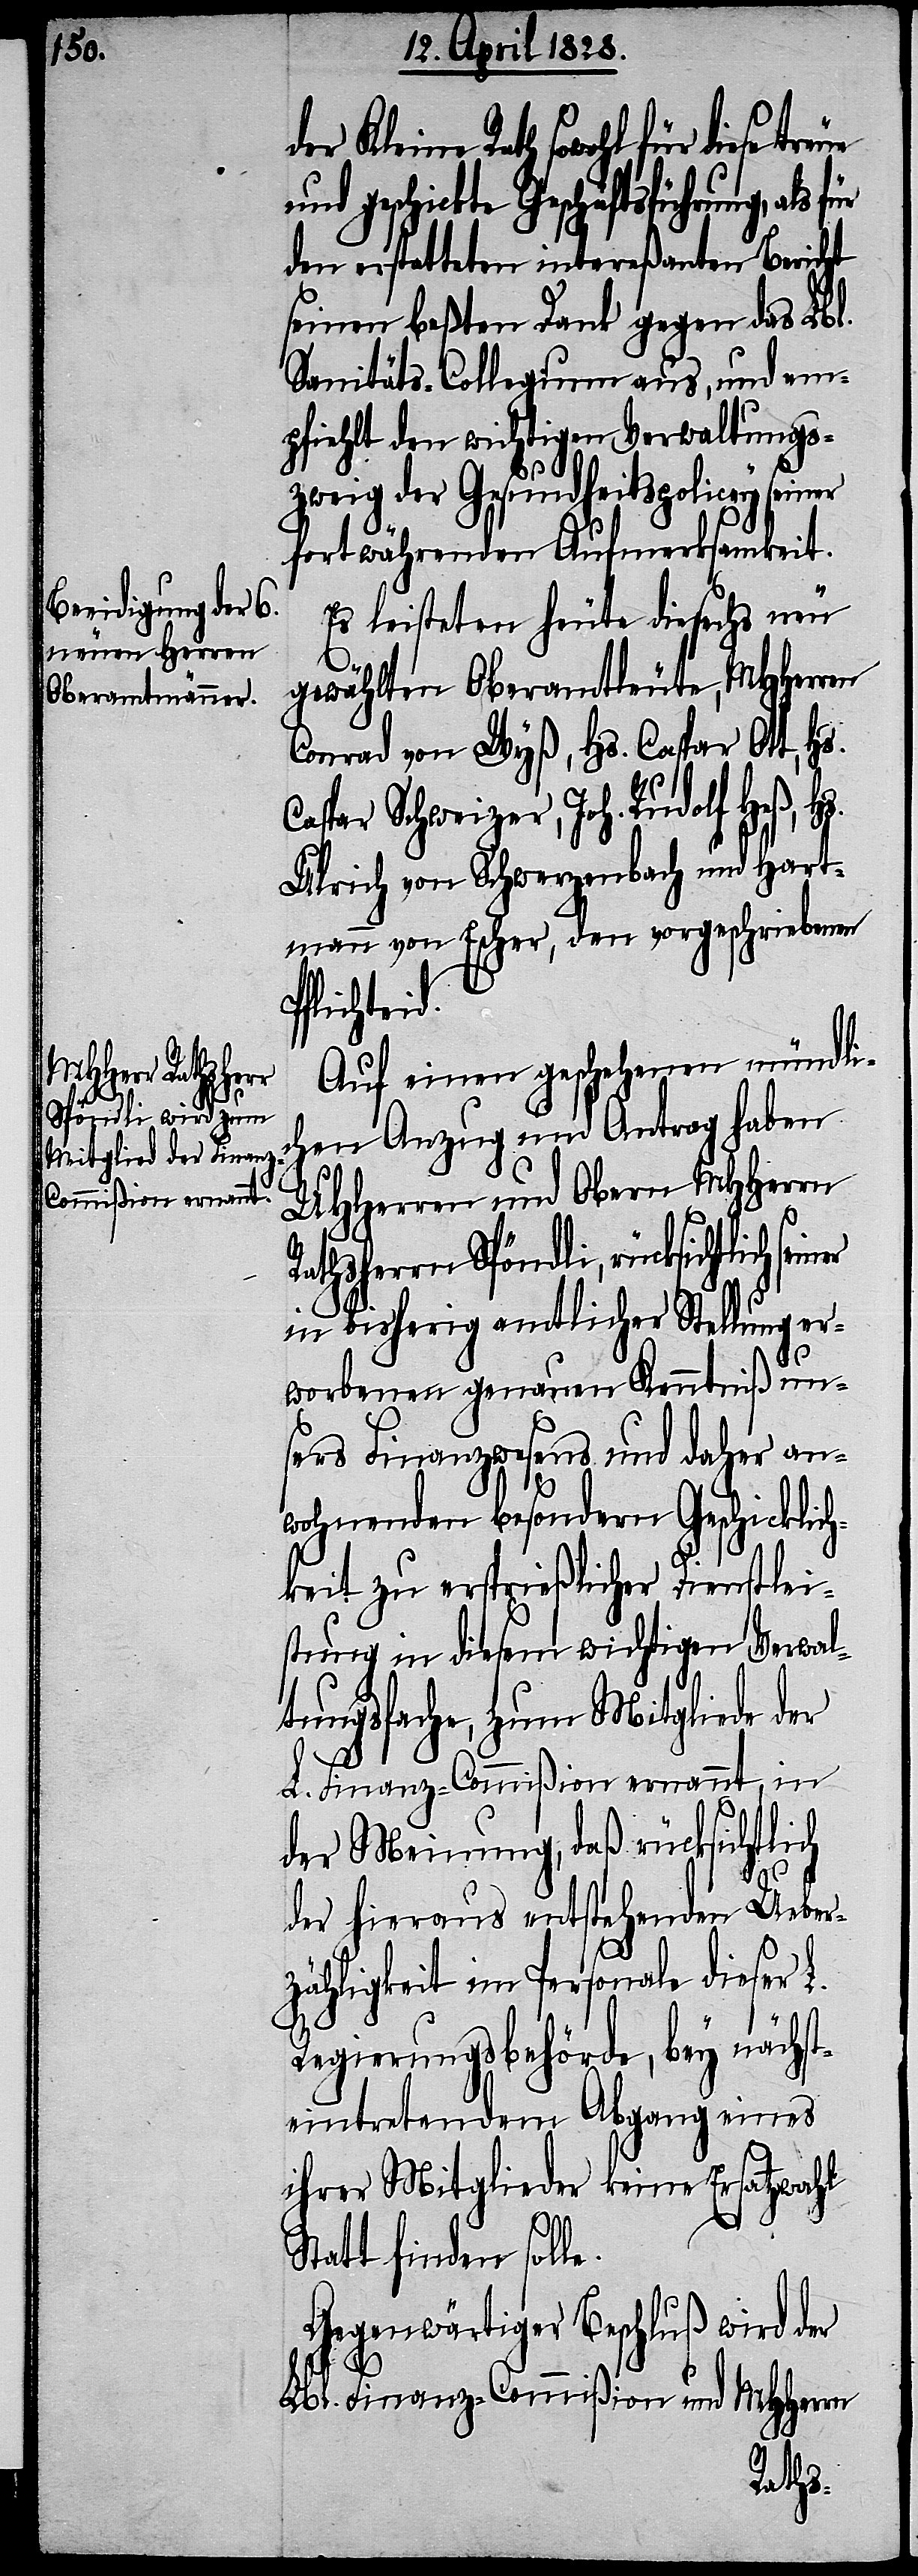
der Kleine Rath sowohl für diese tr¬
nd geschickte Geschäftsführung, als
den erstatteten intereßanten Bericht
seinen beßten Dank gegen das Lbl.
Sanitäts-Collegium aus, und em¬
pfiehlt den wichtigen Verwaltugns¬
zweig der Gesundheitspolicey seiner
fortwährenden Aufmerksamkeit.
Es leisteten heute die sechs neu
e.
gewählten Oberamtleute, MHHerren
Conrad von Wyß, Hs. Caspar Ott, Hs.
Caspar Schweizer, Joh. Rudolf Heß, Hs.
Ulrich von Schwerzenbach und Hart¬
mann von Escher, den vorgeschriebenen
Pflichteid.
Auf einen geschehenen mündli¬
chen Anzug und Antrag haben
UHHerren und Obern MHHerrn
Rathsherrn Spöndli, rücksichtlich
in bisherig amtlicher Stellung er¬
worbenen genauen Kenntniß un¬
sers Finanzwesens und daher an¬
wohnenden besondern Geschicklich¬
keit zu ersprießlicher Dienstlei¬
stung in diesem wichtigen Verwal¬
tungsfache, zum Mitgliede der
L. Finanz-Commißion ernannt, in
der Meinung, daß rücksichtlich
eue
der hieraus entstehenden Ueber¬
zähligkeit im Personale dieser L.
Regierungsbehörde, bey nächst¬
eintretendem Abgang eines
ihrer Mitglieder keine Ersatzwahl
Statt finden soll¬
Gegenwärtiger Beschluß wird der
Lbl. Finanz-Commißion und MHHerrn